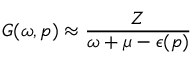
G ( \omega , p ) \approx { \frac { Z } { \omega + \mu - \epsilon ( p ) } }